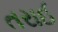
તરાઈ